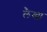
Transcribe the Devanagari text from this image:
लैखा